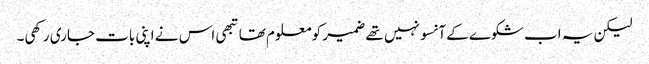
لیکن یہ اب شکوے کے آنسو نہیں تھے ضمیر کو معلوم تھا تبھی اس نے اپنی بات جاری رکھی۔